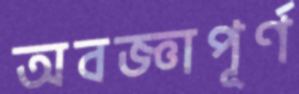
অবজ্ঞাপূর্ণ